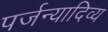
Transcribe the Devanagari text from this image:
पर्जन्यादिव्य